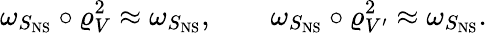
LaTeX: \omega_{S_{\mathrm{NS}}}\circ\varrho_{V}^{2}\approx\omega_{S_{\mathrm{NS}}},\qquad\omega_{S_{\mathrm{NS}}}\circ\varrho_{V^{\prime}}^{2}\approx\omega_{S_{\mathrm{NS}}}.